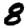
Digit: 8